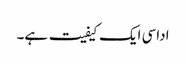
اداسی ایک کیفیت ہے۔